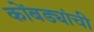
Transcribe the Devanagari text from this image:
कोंबड्यांची